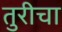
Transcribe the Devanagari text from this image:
तुरीचा